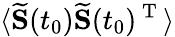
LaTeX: \langle\mathbf{\widetilde{S}}(t_{0})\mathbf{\widetilde{S}}(t_{0})^{\mathrm{~T~}}\rangle